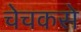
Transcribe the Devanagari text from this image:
चेचकसे